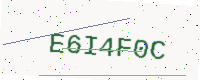
Text: E6I4F0C